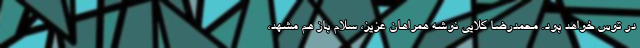
در توس خواهد بود. محمدرضا کلایی نوشه همراهان عزیز، سلام باز هم مشهد،